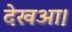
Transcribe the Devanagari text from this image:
देखआ।